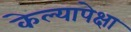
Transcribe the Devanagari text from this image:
केल्यापेक्षा